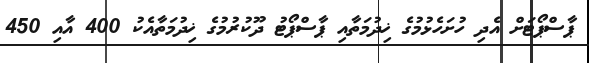
ޕާސްޕޯޓަށް އެދި ހުށަހެޅުމުގެ ޚިދުމަތާއި ޕާސްޕޯޓު ދޫކުރުމުގެ ޚިދުމަތާއެކު 400 އާއި 450